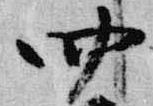
四